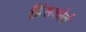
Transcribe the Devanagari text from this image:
प्रिंसकोर्व